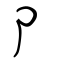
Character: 卩